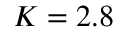
K = 2 . 8